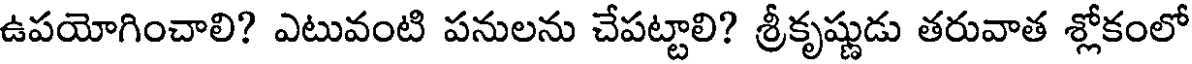
ఉపయోగించాలి? ఎటువంటి పనులను చేపట్టాలి? శ్రీకృష్ణుడు తరువాత శ్లోకంలో